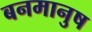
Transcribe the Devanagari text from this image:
बनमानुष